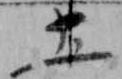
土